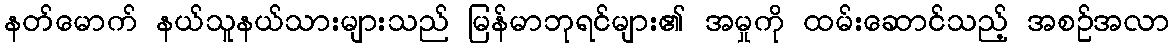
နတ်မောက် နယ်သူနယ်သားများသည် မြန်မာဘုရင်များ၏ အမှုကို ထမ်းဆောင်သည့် အစဉ်အလာ